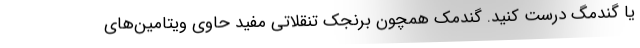
یا گندمگ درست کنید. گندمک همچون برنجک تنقلاتی مفید حاوی ویتامین‌های